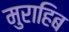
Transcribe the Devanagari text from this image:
मुराहिब